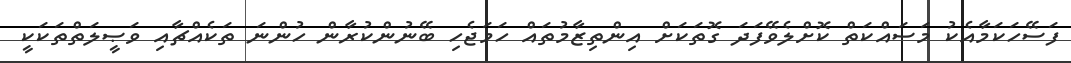
ފަސޭހަކަމާއެކު މަސައްކަތް ކޮށްލެވޭފަދަ ގޮތަކަށް އިންތިޒާމުތައް ހަމަޖެހި ބޭނުންކުރާން ހުންނަ ތަކެއްޗާއި ވަޞީލަތްތަކަކީ